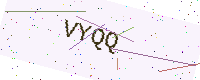
Text: VYQQ